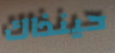
حينذاك